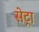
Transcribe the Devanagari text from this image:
सेट्रा